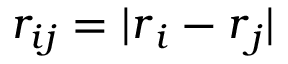
{ r } _ { i j } = | { \boldsymbol { r } } _ { i } - { \boldsymbol { r } } _ { j } |